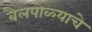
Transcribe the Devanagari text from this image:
बैलपोळ्याचे